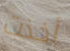
أخذت